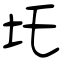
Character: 圫